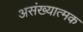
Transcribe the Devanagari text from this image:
असंख्यात्मक